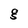
Character: g